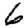
Digit: 6